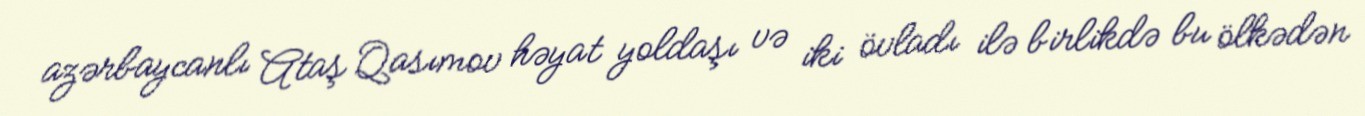
azərbaycanlı Ataş Qasımov həyat yoldaşı və iki övladı ilə birlikdə bu ölkədən